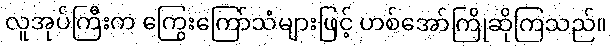
လူအုပ်ကြီးက ကြွေးကြော်သံများဖြင့် ဟစ်အော်ကြိုဆိုကြသည်။